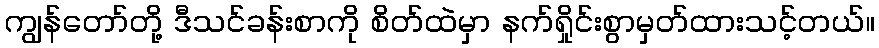
ကျွန်တော်တို့ ဒီသင်ခန်းစာကို စိတ်ထဲမှာ နက်ရှိုင်းစွာမှတ်ထားသင့်တယ်။